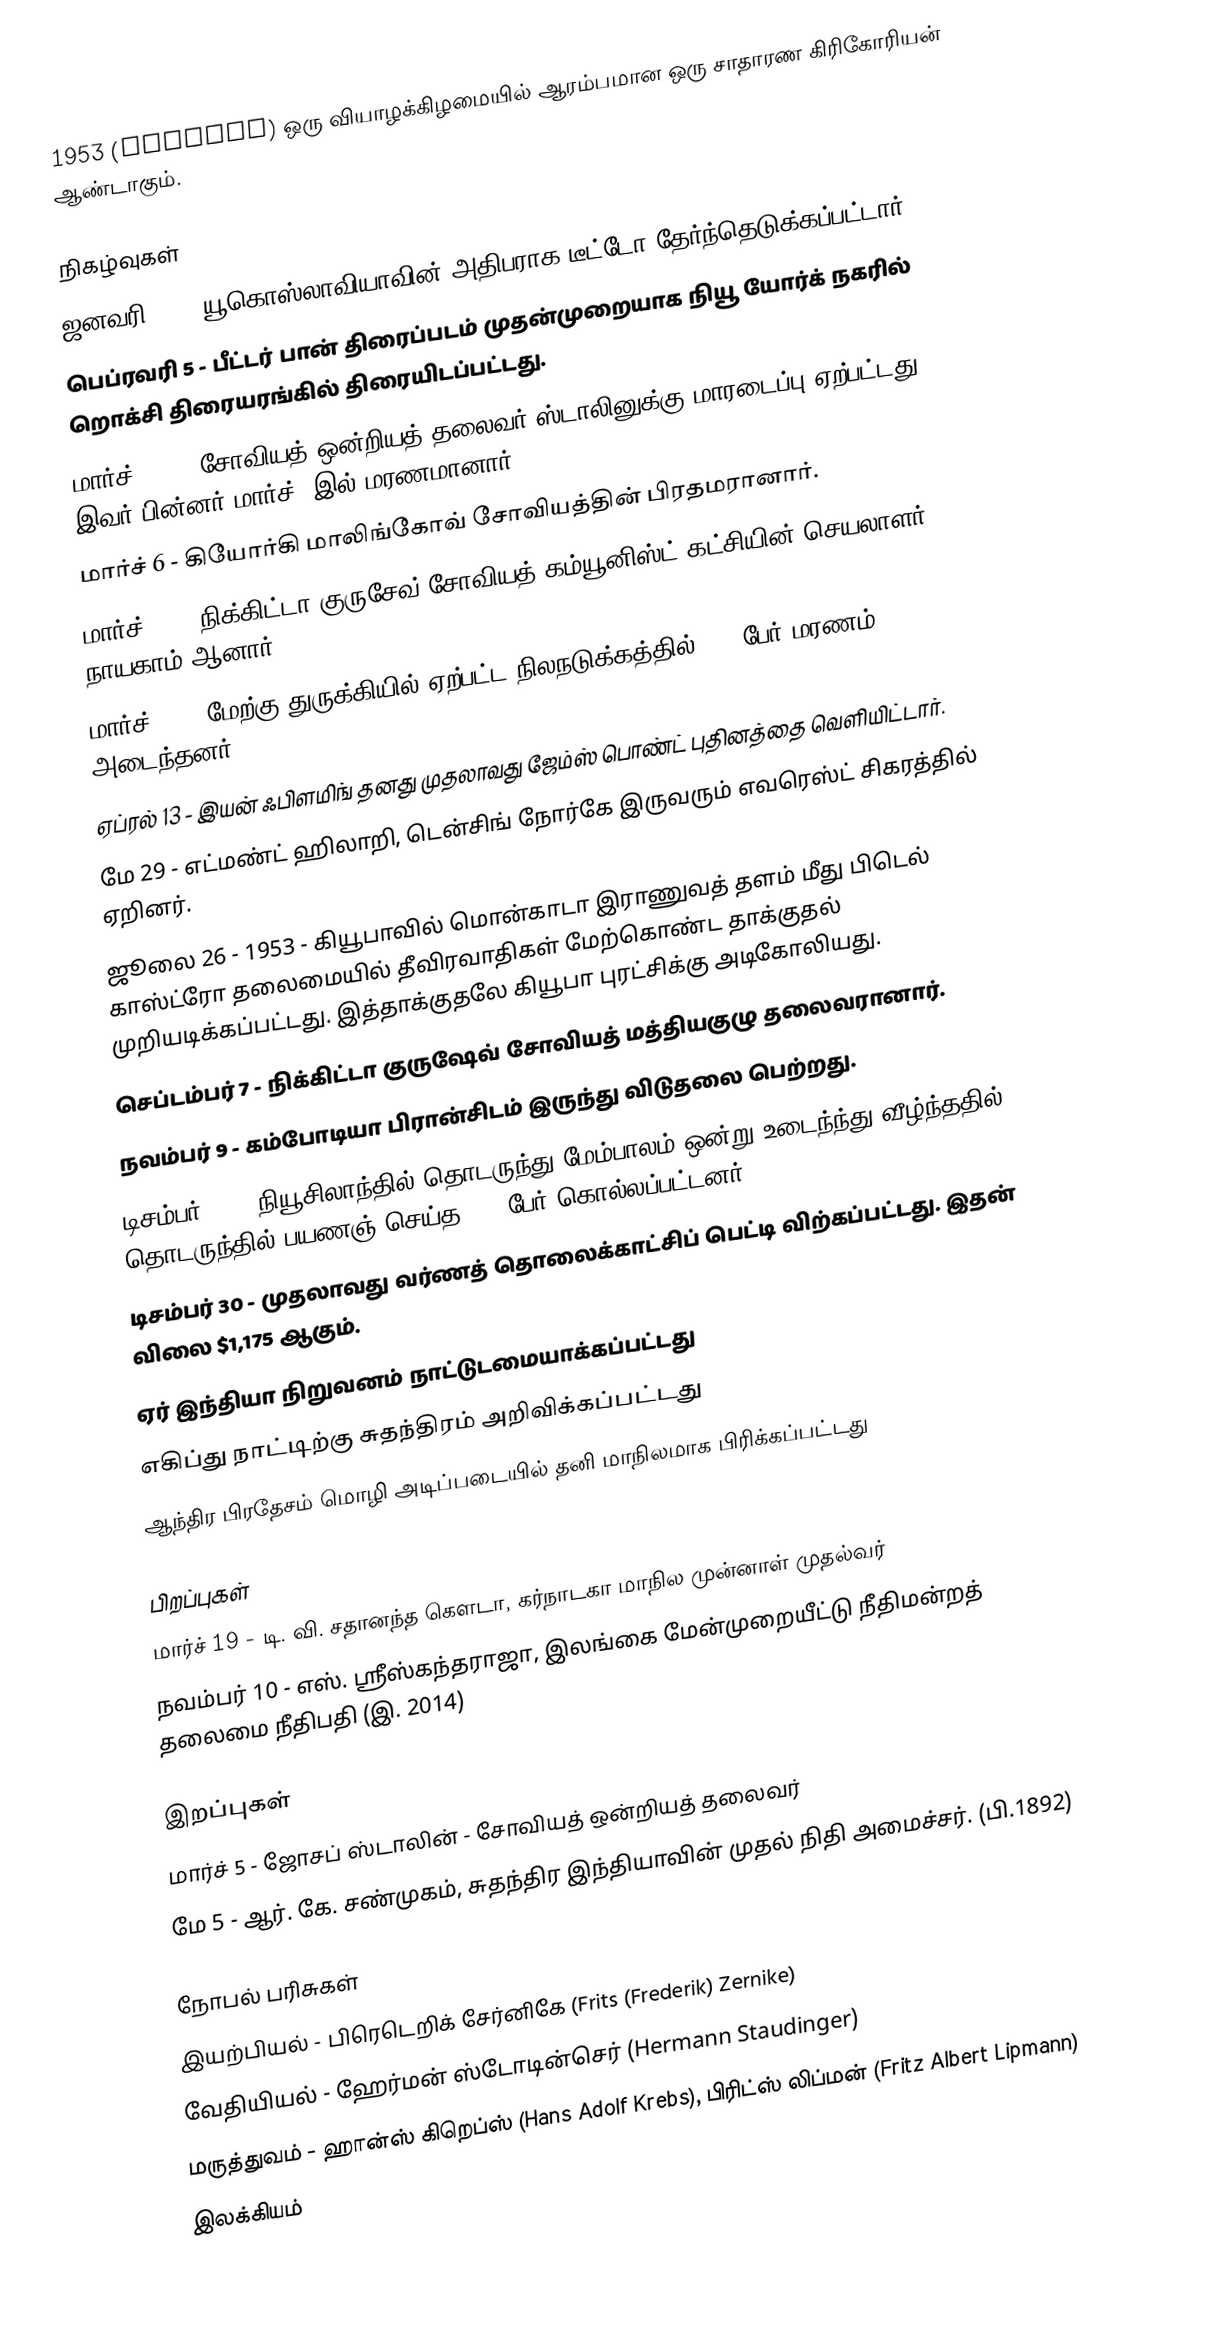
1953  (MCMLIII) ஒரு வியாழக்கிழமையில் ஆரம்பமான ஒரு சாதாரண கிரிகோரியன் ஆண்டாகும்.

நிகழ்வுகள்
 ஜனவரி 14 - யூகொஸ்லாவியாவின் அதிபராக டீட்டோ தேர்ந்தெடுக்கப்பட்டார்.
 பெப்ரவரி 5 - பீட்டர் பான் திரைப்படம் முதன்முறையாக நியூ யோர்க் நகரில் றொக்சி திரையரங்கில் திரையிடப்பட்டது.
 மார்ச் 1 -  - சோவியத் ஒன்றியத் தலைவர் ஸ்டாலினுக்கு மாரடைப்பு ஏற்பட்டது. இவர் பின்னர் மார்ச் 5இல் மரணமானார்.
 மார்ச் 6 - கியோர்கி மாலிங்கோவ் சோவியத்தின் பிரதமரானார்.
 மார்ச் 14 - நிக்கிட்டா குருசேவ் சோவியத் கம்யூனிஸ்ட் கட்சியின் செயலாளர் நாயகாம் ஆனார்.
 மார்ச் 18 - மேற்கு துருக்கியில் ஏற்பட்ட நிலநடுக்கத்தில் 265 பேர் மரணம் அடைந்தனர்.
 ஏப்ரல் 13 - இயன் ஃபிளமிங் தனது முதலாவது ஜேம்ஸ் பொண்ட் புதினத்தை வெளியிட்டார்.
 மே 29 - எட்மண்ட் ஹிலாறி, டென்சிங் நோர்கே இருவரும் எவரெஸ்ட் சிகரத்தில் ஏறினர்.
 ஜூலை 26 - 1953 - கியூபாவில் மொன்காடா இராணுவத் தளம் மீது பிடெல் காஸ்ட்ரோ தலைமையில் தீவிரவாதிகள் மேற்கொண்ட தாக்குதல் முறியடிக்கப்பட்டது. இத்தாக்குதலே கியூபா புரட்சிக்கு அடிகோலியது.
 செப்டம்பர் 7 - நிக்கிட்டா குருஷேவ் சோவியத் மத்தியகுழு தலைவரானார்.
 நவம்பர் 9 - கம்போடியா பிரான்சிடம் இருந்து விடுதலை பெற்றது.
 டிசம்பர் 24 - நியூசிலாந்தில் தொடருந்து மேம்பாலம் ஒன்று உடைந்ந்து வீழ்ந்ததில் தொடருந்தில் பயணஞ் செய்த 153 பேர் கொல்லப்பட்டனர்.
 டிசம்பர் 30 - முதலாவது வர்ணத் தொலைக்காட்சிப் பெட்டி விற்கப்பட்டது. இதன் விலை $1,175 ஆகும்.
 ஏர் இந்தியா நிறுவனம் நாட்டுடமையாக்கப்பட்டது
 எகிப்து நாட்டிற்கு சுதந்திரம் அறிவிக்கப்பட்டது
  ஆந்திர பிரதேசம் மொழி அடிப்படையில் தனி மாநிலமாக பிரிக்கப்பட்டது

பிறப்புகள்
 மார்ச் 19 - டி. வி. சதானந்த கௌடா, கர்நாடகா மாநில முன்னாள் முதல்வர்
 நவம்பர் 10 - எஸ். ஸ்ரீஸ்கந்தராஜா, இலங்கை மேன்முறையீட்டு நீதிமன்றத் தலைமை நீதிபதி (இ. 2014)

இறப்புகள்
 மார்ச் 5 - ஜோசப் ஸ்டாலின் - சோவியத் ஒன்றியத் தலைவர்
 மே 5 - ஆர். கே. சண்முகம், சுதந்திர இந்தியாவின் முதல் நிதி அமைச்சர். (பி.1892)

நோபல் பரிசுகள்
 இயற்பியல் - பிரெடெறிக் சேர்னிகே (Frits (Frederik) Zernike)
 வேதியியல் - ஹேர்மன் ஸ்டோடின்செர் (Hermann Staudinger)
 மருத்துவம் - ஹான்ஸ் கிறெப்ஸ் (Hans Adolf Krebs), பிரிட்ஸ் லிப்மன் (Fritz Albert Lipmann)
 இலக்கியம்